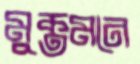
মুক্তমনে